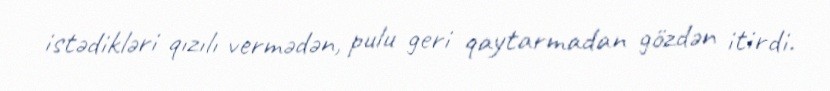
istədikləri qızılı vermədən, pulu geri qaytarmadan gözdən itirdi.